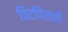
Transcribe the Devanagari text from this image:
चिटणिसाची